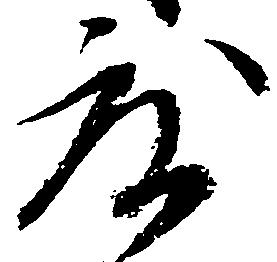
度